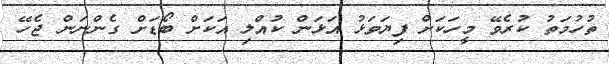
ތުހުމަތު ކުރެވޭ މީހަކަށް ފިޔަވަޅު އަޅަން ކުއްލި އަކަށް ބޯޑަށް ގެންނަން ޖެހޭ